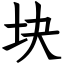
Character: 块